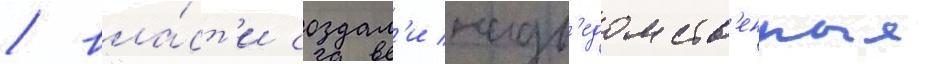
/ вла́ст'и создал'и надв'едомств'енные